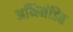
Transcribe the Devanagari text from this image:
अभिमंडित